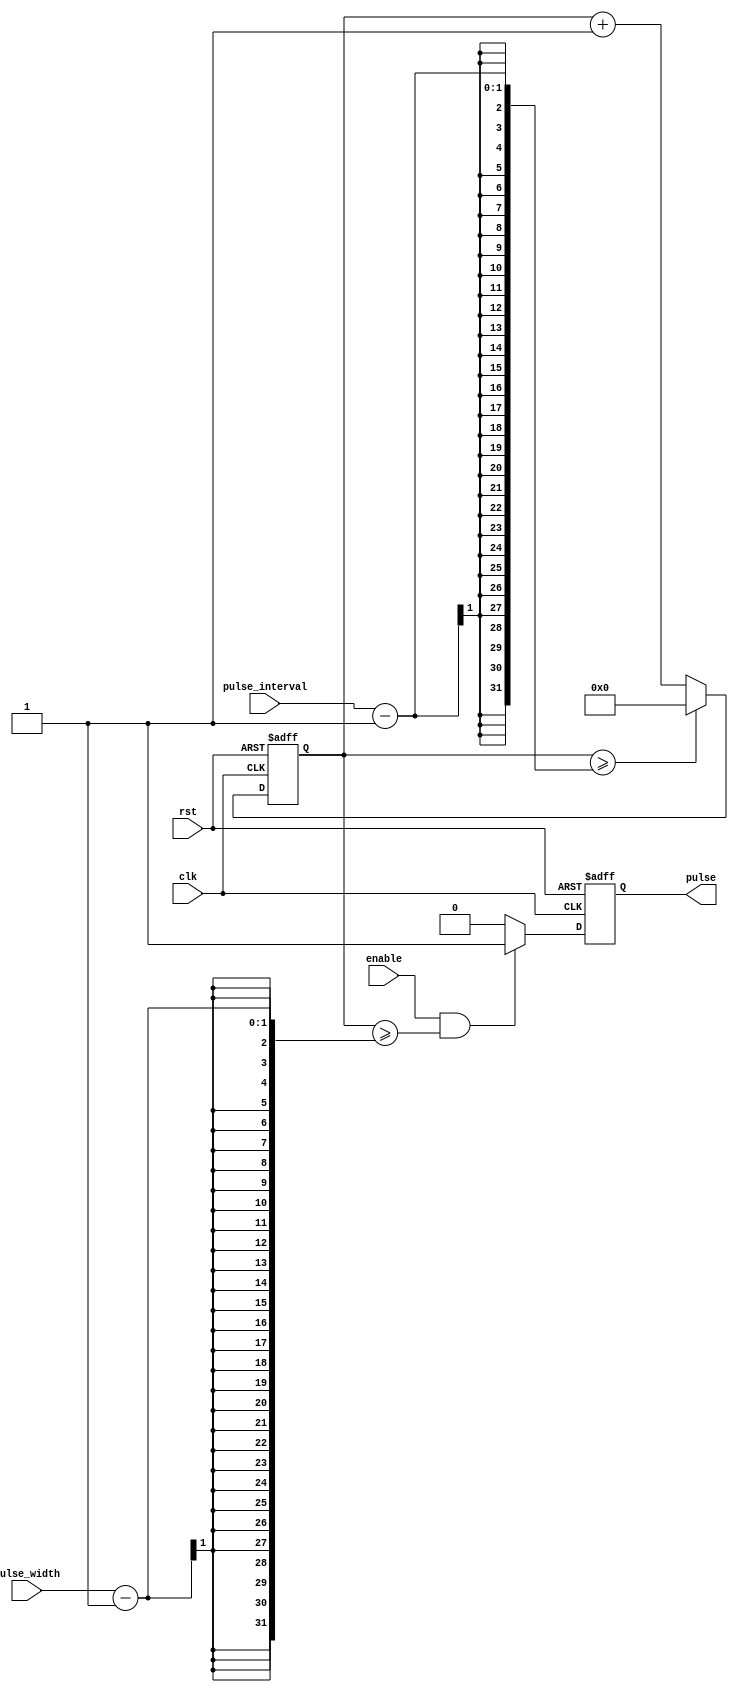
module pulse_generator (
    input wire clk,
    input wire rst,
    input wire enable,
    input wire pulse_width,
    input wire pulse_interval,
    output reg pulse
);

reg [31:0] counter;

always @ (posedge clk or posedge rst) begin
    if (rst) begin
        counter <= 0;
        pulse <= 0;
    end else begin
        if (enable && counter >= pulse_width - 1) begin
            pulse <= 1;
        end else begin
            pulse <= 0;
        end

        if (counter >= pulse_interval - 1) begin
            counter <= 0;
        end else begin
            counter <= counter + 1;
        end
    end
end

endmodule